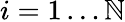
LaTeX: i=1\ldots\mathbb{N}